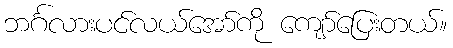
ဘင်္ဂလားပင်လယ်အော်ကို ကျော်ပြေးတယ်။